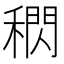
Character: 𥡕